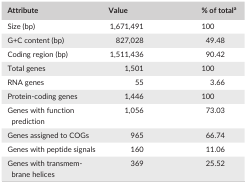
<table><thead><tr><td><b>Attribute</b></td><td><b>Value</b></td><td><b>% of totala</b></td></tr></thead><tbody><tr><td>Size (bp)</td><td>1,671,491</td><td>100</td></tr><tr><td>G+C content (bp)</td><td>827,028</td><td>49.48</td></tr><tr><td>Coding region (bp)</td><td>1,511,436</td><td>90.42</td></tr><tr><td>Total genes</td><td>1,501</td><td>100</td></tr><tr><td>RNA genes</td><td>55</td><td>3.66</td></tr><tr><td>Protein‐coding genes</td><td>1,446</td><td>100</td></tr><tr><td>Genes with function prediction</td><td>1,056</td><td>73.03</td></tr><tr><td>Genes assigned to COGs</td><td>965</td><td>66.74</td></tr><tr><td>Genes with peptide signals</td><td>160</td><td>11.06</td></tr><tr><td>Genes with transmembrane helices</td><td>369</td><td>25.52</td></tr></tbody></table>